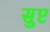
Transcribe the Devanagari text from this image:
सुष्ट